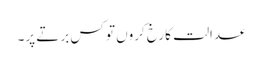
عدالت کا رخ کروں تو کس برتے پر۔